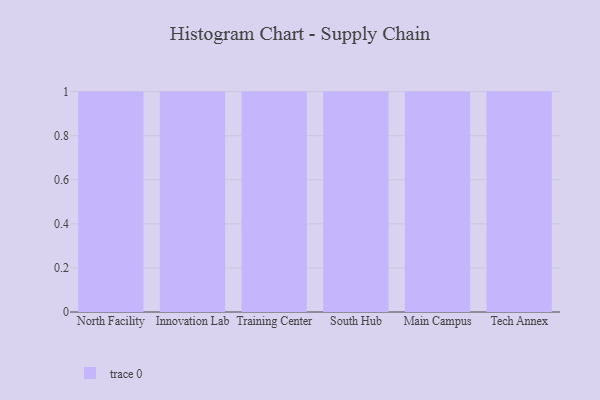
{"axis": {"x": "Campus", "y": "Energy Usage (MWh)"}, "legend": [""], "data": [{"x": "North Facility", "y": 15, "type": ""}, {"x": "Innovation Lab", "y": 86, "type": ""}, {"x": "Training Center", "y": 4, "type": ""}, {"x": "South Hub", "y": 26, "type": ""}, {"x": "Main Campus", "y": 66, "type": ""}, {"x": "Tech Annex", "y": 58, "type": ""}]}